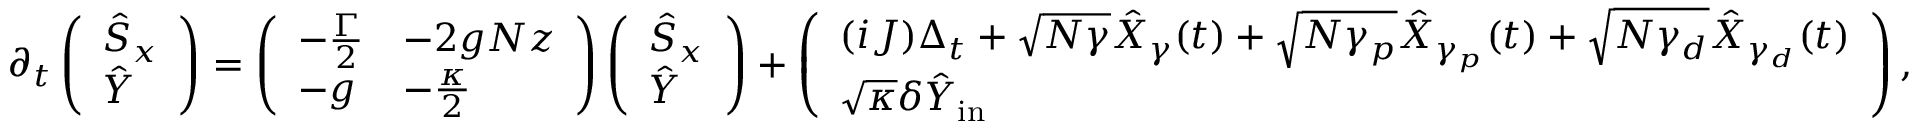
\partial _ { t } \left( \begin{array} { l } { \hat { S } _ { x } } \\ { \hat { Y } } \end{array} \right) = \left( \begin{array} { l l } { - \frac { \Gamma } { 2 } } & { - 2 g N z } \\ { - g } & { - \frac { \kappa } { 2 } } \end{array} \right) \left( \begin{array} { l } { \hat { S } _ { x } } \\ { \hat { Y } } \end{array} \right) + \left( \begin{array} { l } { ( i J ) \Delta _ { t } + \sqrt { N \gamma } \hat { X } _ { \gamma } ( t ) + \sqrt { N \gamma _ { p } } \hat { X } _ { \gamma _ { p } } ( t ) + \sqrt { N \gamma _ { d } } \hat { X } _ { \gamma _ { d } } ( t ) } \\ { \sqrt { \kappa } \delta \hat { Y } _ { \mathrm { i n } } } \end{array} \right) ,